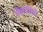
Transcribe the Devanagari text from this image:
लैवासिये